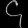
Digit: ၄